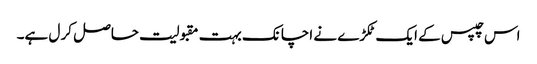
اس چپس کے ایک ٹکڑے نے اچانک بہت مقبولیت حاصل کر ل ہے۔